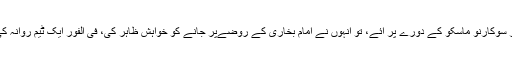
1954میں جب انڈونیشیا کے صدر سوکارنو ماسکو کے دورے پر آئے، تو انہوں نے امام بخاری کے روضےپر جانے کو خواہش ظاہر کی، فی الفور ایک ٹیم روانہ کی گئی، جس نے صاف صفائی کی۔